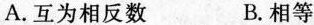
A.互为相反数 B.相等